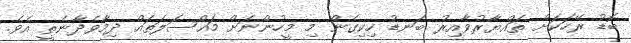
ބޮޑު ރޭހަކަށް ތައްޔާރުވާއިރު ބަނޑު ހިކިގެން މި މީހުންނަށް މައްސަލަތައް ދިމާވެދާނެތީ އެވެ.